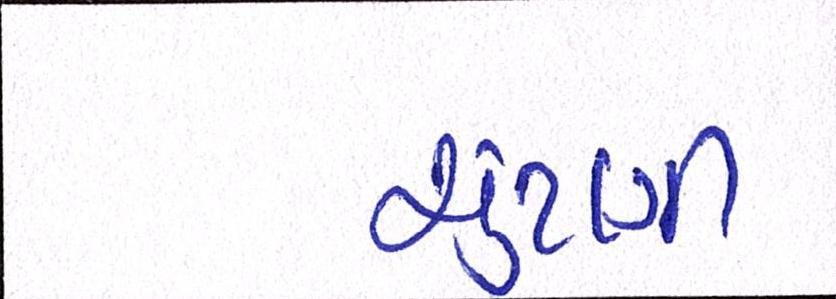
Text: ચુંટણી